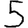
Digit: 5